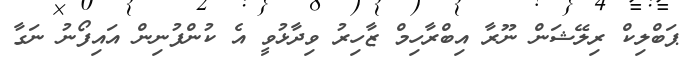
ޕަބްލިކް ރިލޭޝަން ނޫރާ އިބްރާހިމް ޒާހިރު ވިދާޅުވީ އެ ކުންފުނިން އައިފޯނު ނަގާ